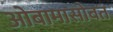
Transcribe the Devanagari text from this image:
ओबामासोबत